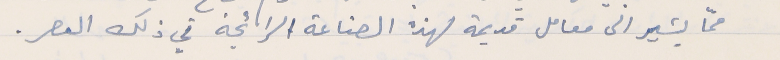
ممّا يشير الى معامل قديمة لهذه الصناعة الرائجة في ذلك العصر.